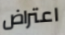
اعتراض